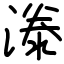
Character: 漛